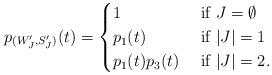
LaTeX: \begin{align*}p_{(W'_J,S'_J)}(t) & = \begin{cases}1 & \mbox{ if }J=\emptyset\\p_1(t) & \mbox{ if }|J|=1\\p_1(t)p_3(t) & \mbox{ if } |J|=2.\end{cases}\end{align*}